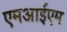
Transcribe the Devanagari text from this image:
एमआईएम